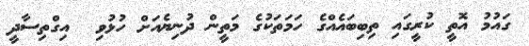
ގައުމު އޮތީ ކުރީގައި ތިބިބައެއްގެ ހަމަތަކުގެ މަތީން ދުނިޔެއަށް ހުޅުވި  އިގްތިސާދީ